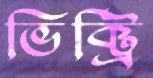
ভিক্ট্রি